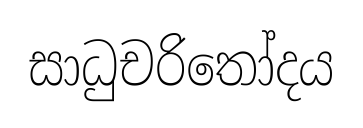
සාධුචරිතෝදය